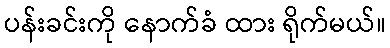
ပန်းခင်းကို နောက်ခံ ထား ရိုက်မယ်။